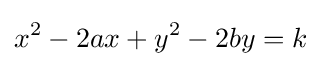
x^{2}-2ax+y^{2}-2by=k